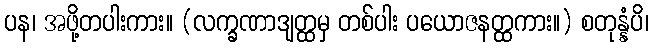
ပန၊ အဖို့တပါးကား။ (လက္ခဏာဒျတ္ထမှ တစ်ပါး ပယောဇနတ္ထကား။) စတုန္နံပိ၊